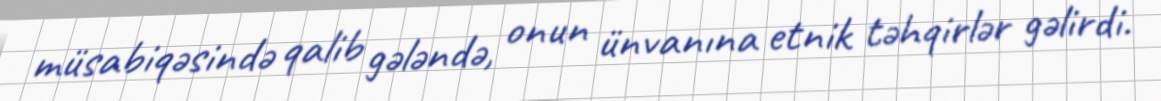
müsabiqəsində qalib gələndə, onun ünvanına etnik təhqirlər gəlirdi.